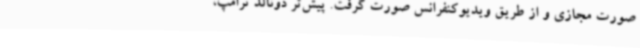
صورت مجازی و از طریق ویدیوکنفرانس صورت گرفت. پیش‌تر دونالد ترامپ،